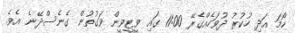
ހޯމަ އަދި ހުކުރު ދުވަހެއްގެރޭ 11:00 ގައި ވީޓީވީން ވަގުތުން ގެނެސްދޭނެ އެވެ.